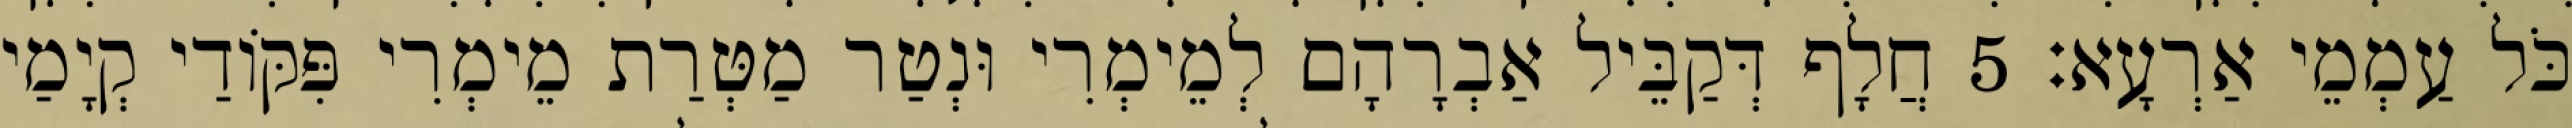
כֹּל עַמְמֵי אַרְעָא׃ 5 חֲלָף דְּקַבֵּיל אַבְרָהָם לְמֵימְרִי וּנְטַר מַטְּרַת מֵימְרִי פִּקּוֹדַי קְיָמַי